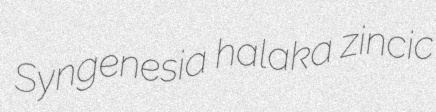
Syngenesia halaka zincic